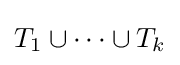
T_{1}\cup \dots \cup T_{k}